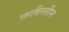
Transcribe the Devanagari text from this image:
फ़लीस्तीन